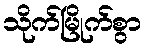
သိုက်မြိုက်စွာ